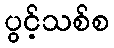
ပွင့်သစ်စ